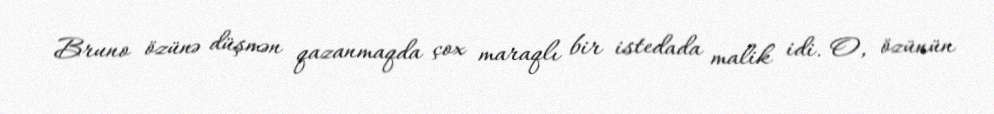
Bruno özünə düşmən qazanmaqda çox maraqlı bir istedada malik idi. O, özünün